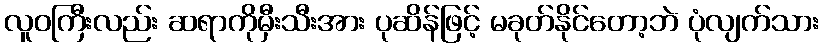
လူဝကြီးလည်း ဆရာကိုမှီးသီးအား ပုဆိန်ဖြင့် မခုတ်နိုင်တော့ဘဲ ပုံလျက်သား